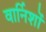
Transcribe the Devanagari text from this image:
वार्निशों